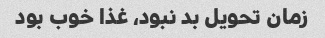
زمان تحویل بد نبود، غذا خوب بود